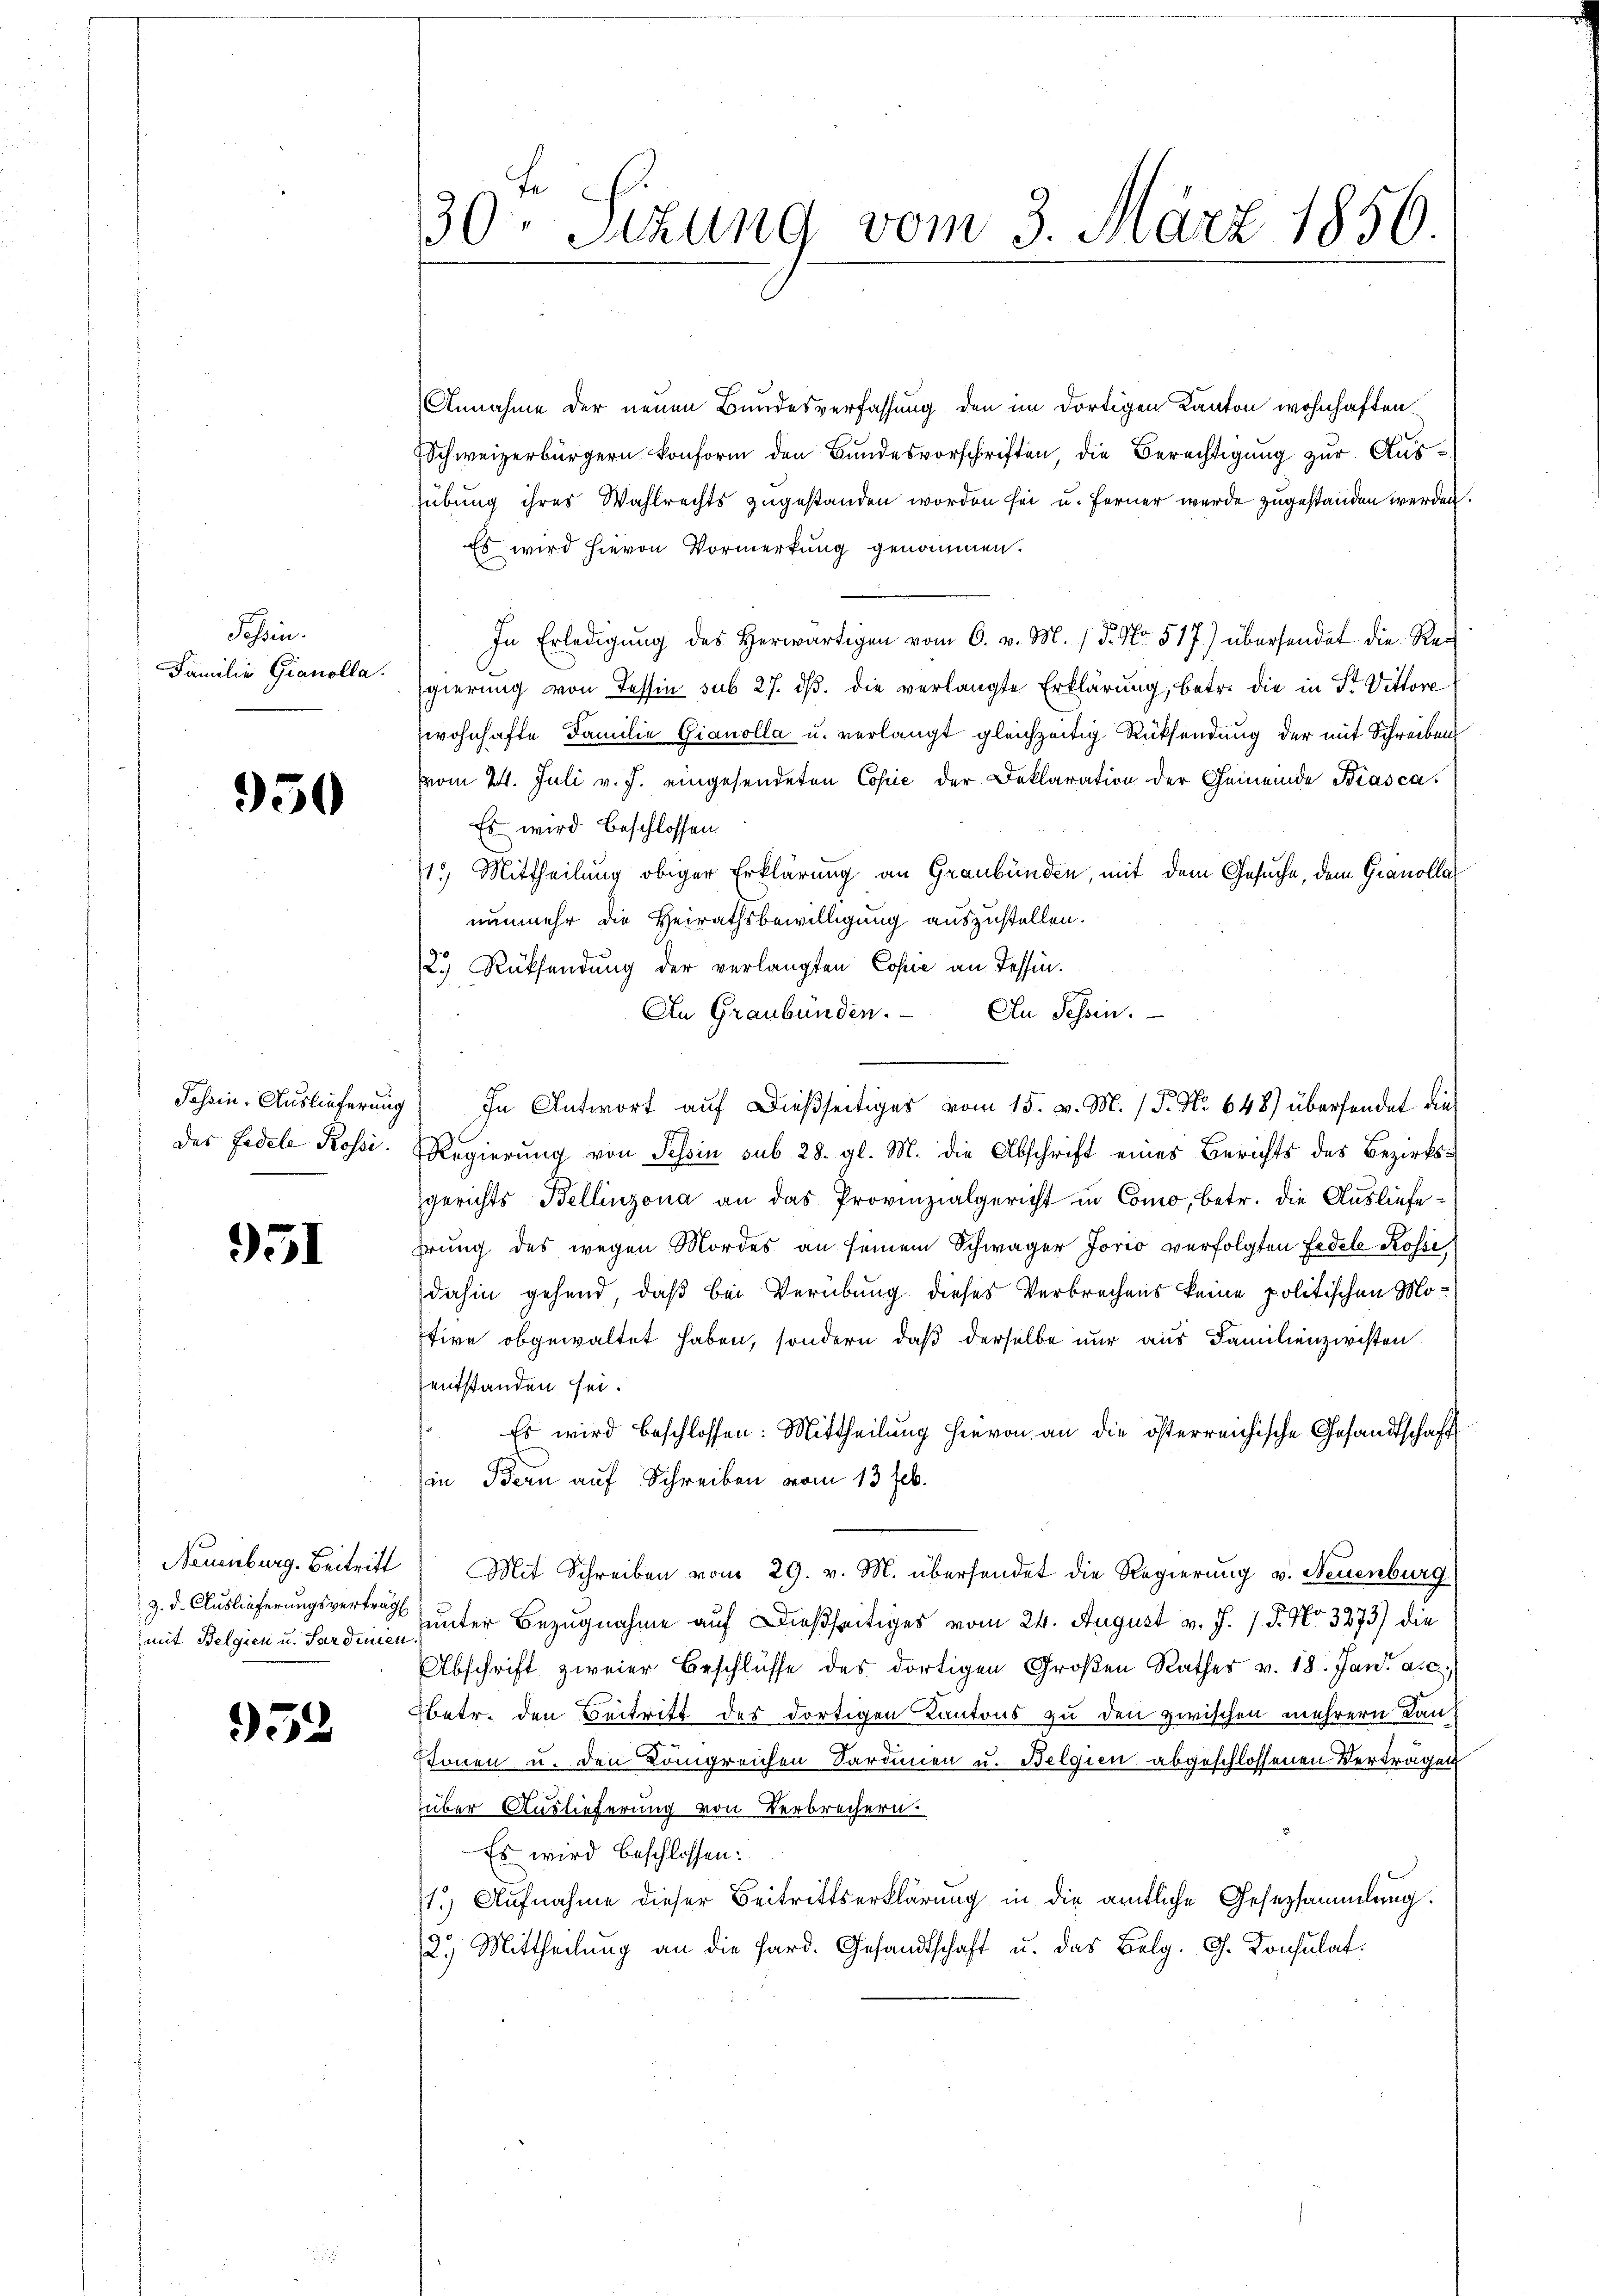
Sehen.
Familie Gianolla.

950

951

3. d. Auslieferungsverträg
mit Belgien u. Sardinien.

952

i
30. Sizung vom 3. März 1856.

Annahme der neuen Bundesverfassung den im dortigen Kanton wohnhaften.
Schweizerbürgern konform den Bŭndesvorschriften, die Berechtigŭng zur Aussübung ihres Wahlrechts zugestanden worden sei u. ferner werde zugestanden werden.
Es wird hievon Vormerkung genommen.
In Erledigŭng des herwärtigen vom 6. v. M. / 5. No. 517) übersendet die Re-
gierung von Tessin sub 27. dβ. die verlangte Erklärung, betr. die in St. Vittore
wohnhafte Familie Gianolla u. verlangt gleichzeitig Rücksendung der mit Schreiben
vom 24. Juli v. J. eingesendeten Copie der Deklaration der Gemeinde Biasca¬
Es wird beschlossen
115) Mittheilung obiger Erklärung an Graubünden, mit dem Gesuche, dem Granollar
nunmehr die Heirathsbewilligung auszustellen.
2.) Rücksendung der verlangten Copie an Tessin.
An Graubünden. An Schein.
Jahren. Auslieferung) In Antwort aŭf dießseitiges vom 15. v. M. / P. Nr. 648) übersendet die
des Fidele Rossi. Regierung von Tessin sub 28. gl. M. die Abschrift eines Berichts des Bezirksgerichts Bellinzona an das Provinzialgericht in Como, betr. die Ausliefehrung des wegen Mordes an seinem Schwager Jorio verfolgten Fedele Rosić
dahin gehend, daß bei Verübung dieses Verbrechens keine politischen Motire obgewaltet haben, sondern daß derselbe nur aus Familienzwisten
entstanden sei.
Es wird beschlossen: Mittheilung hievon an die österreichische Gesandtschaft
in Bern auf Schreiben vom 13 Feb.
Neuenburg. Beitritt Mit Schreiben vom 29. v. M. übersendet die Regierung v. Neuenburg
unter Bezugnahme auf dießseitiges vom 24. August v. J. 18. No 3273) die
Abschrift zweier Beschlüsse des dortigen Großen Rathes v. 18. Jan. a. c.
Ebetr. den Beitritt des dortigen Kantons zu den zwischen mehrern Lanstonen u. den Königreichen Sardinien u. Belgien abgeschlossenen Verträgen
über Auslieferung von Verbrechern.
Es wird beschlossen:
st.) Aufnahme dieser Beitrittserklärung in die amtliche Gesetzsammlung.
2.) Mittheilung an die Pard. Gesandtschaft u. das Belg. G. Konsulat